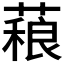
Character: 𰱻